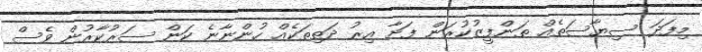
މިފަދަ ސިޔާސަތެއް ތަންފީޒުކުރަން ފަށާ އިރު ދަތިތަކެއް ހުންނާނެ ކަން ސަރުކާރުން ވެސް